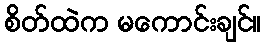
စိတ်ထဲက မကောင်းချင်။